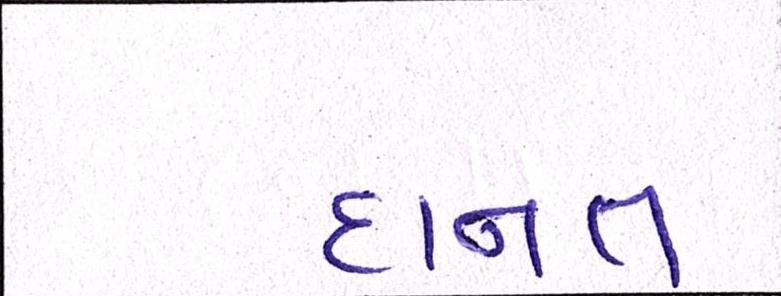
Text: દાનત